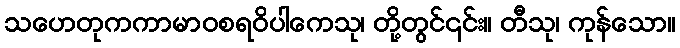
သဟေတုကကာမာဝစရဝိပါကေသု၊ တို့တွင်၎င်း။ တီသု၊ ကုန်သော။